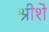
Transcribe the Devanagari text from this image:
श्रीशे